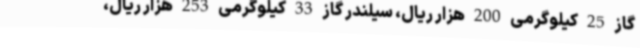
گاز 25 کیلوگرمی 200 هزار ریال، سیلندر گاز 33 کیلوگرمی 253 هزار ریال،